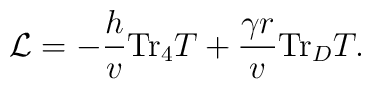
{\cal L}= -\frac{h}{v} \hbox{Tr}_4 T + \frac{ \gamma r}{v} \hbox{Tr}_D T .